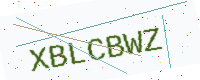
Text: XBLCBWZ